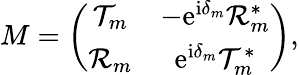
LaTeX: M=\left(\begin{array}{cc}{\mathcal{T}_{m}}&{-\mathrm{e}^{\mathrm{i}\delta_{m}}\mathcal{R}_{m}^{*}}\\ {\mathcal{R}_{m}}&{\mathrm{e}^{\mathrm{i}\delta_{m}}\mathcal{T}_{m}^{*}}\end{array}\right),